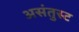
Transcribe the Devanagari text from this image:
असंतुस्ट